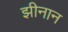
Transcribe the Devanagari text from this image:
झीनान